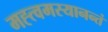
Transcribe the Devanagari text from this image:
मह्त्वमस्यानन्तं